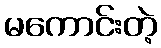
မကောင်းတဲ့